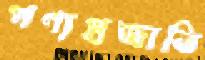
পণ্যপ্রজাতি